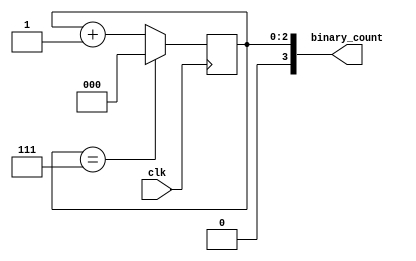
module binary_clock_divider(
    input wire clk,
    output reg[3:0] binary_count
);

reg [2:0] counter;

always @(posedge clk) begin
    if(counter == 3'b111) begin
        counter <= 3'b000;
    end else begin
        counter <= counter + 1;
    end
end

assign binary_count = counter;

endmodule